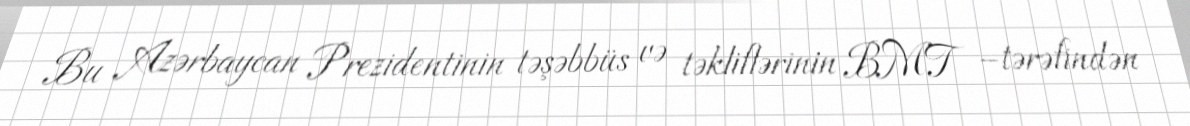
Bu Azərbaycan Prezidentinin təşəbbüs və təkliflərinin BMT –tərəfindən